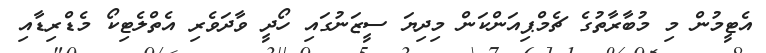
އެޓީމުން މި މުބާރާތުގެ ޗެމްޕިއަންކަން މިދިޔަ ސީޒަނުގައި ހޯދީ ވާދަވެރި އެތްލެޓިކޯ މެޑްރިޑާއި